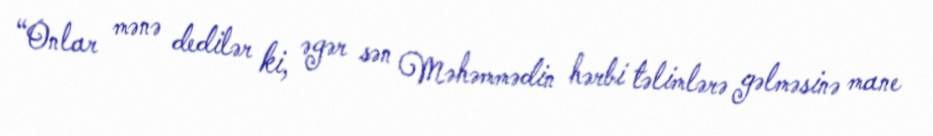
“Onlar mənə dedilər ki, əgər sən Məhəmmədin hərbi təlimlərə gəlməsinə mane